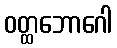
ဝတ္ထဘောဂေါ